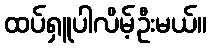
ထပ်ရှူပါလိမ့်ဦးမယ်။